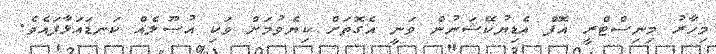
މިހާރު މިނިސްޓްރީ އޮފް އެޑިޔުކޭޝަނުން ވަނީ އެގޮތަށް ކިޔެވުމަށް ވަކި އުޞޫލެއް ކަނޑައަޅާފައެވެ.